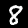
Digit: 8